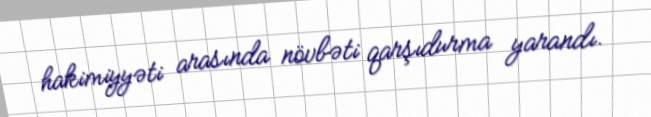
hakimiyyəti arasında növbəti qarşıdurma yarandı.